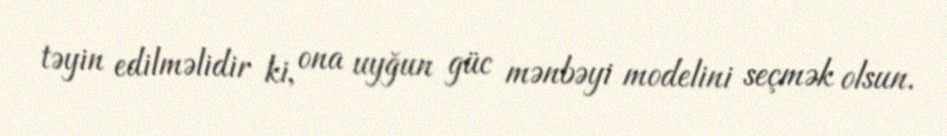
təyin edilməlidir ki, ona uyğun güc mənbəyi modelini seçmək olsun.